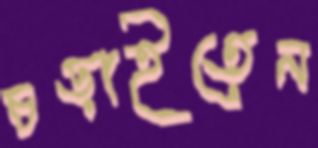
চড়াইতেন